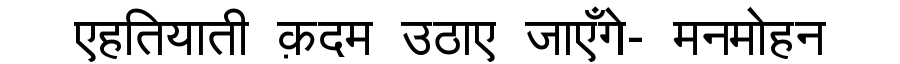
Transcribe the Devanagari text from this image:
एहतियाती क़दम उठाए जाएँगे- मनमोहन